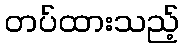
တပ်ထားသည့်